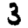
Digit: 3